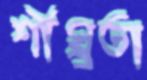
শীঘ্র্রতা